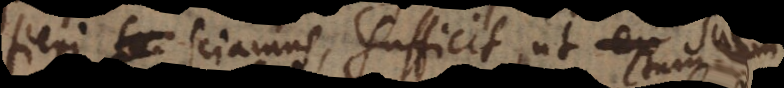
fieri sciamus, sufficit, ut